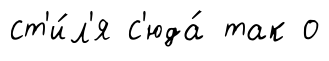
ст'и́л'я с'юда́ так о